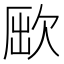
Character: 𣣃